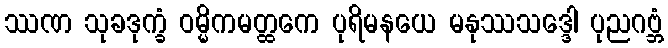
ဿဏ သုခဒုက္ခံ ဝမ္မိကမတ္ထကေ ပုရိမနယေ မနုဿသဒ္ဒေါ ပုညဂဗ္ဘံ